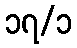
၁၇/၁